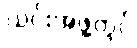
ယင်းအဖွဲ့တွင်